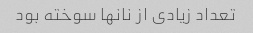
تعداد زیادی از نانها سوخته بود